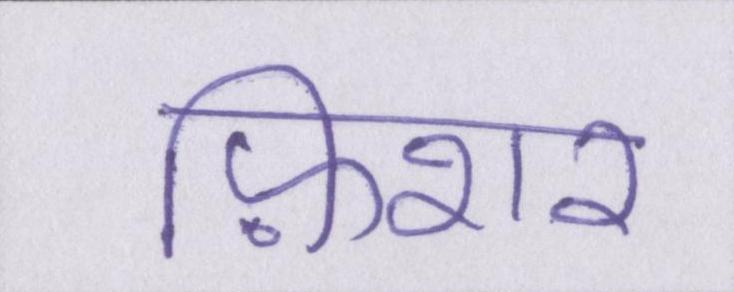
फ़िशर